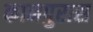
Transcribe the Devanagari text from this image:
कानपुरास